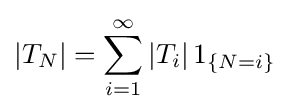
|T_{N}|=\sum _{i=1}^{\infty }|T_{i}|\,1_{\{N=i\}}